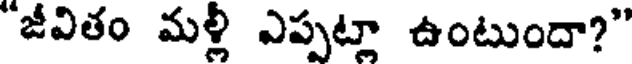
"జీవితం మళ్లీ ఎప్పట్లా ఉంటుందా?"